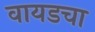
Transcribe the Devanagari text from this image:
वायडचा